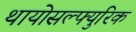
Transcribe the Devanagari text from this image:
थायोसल्फ्युरिक